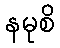
နမုစိ